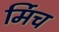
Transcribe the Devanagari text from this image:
र्मिच